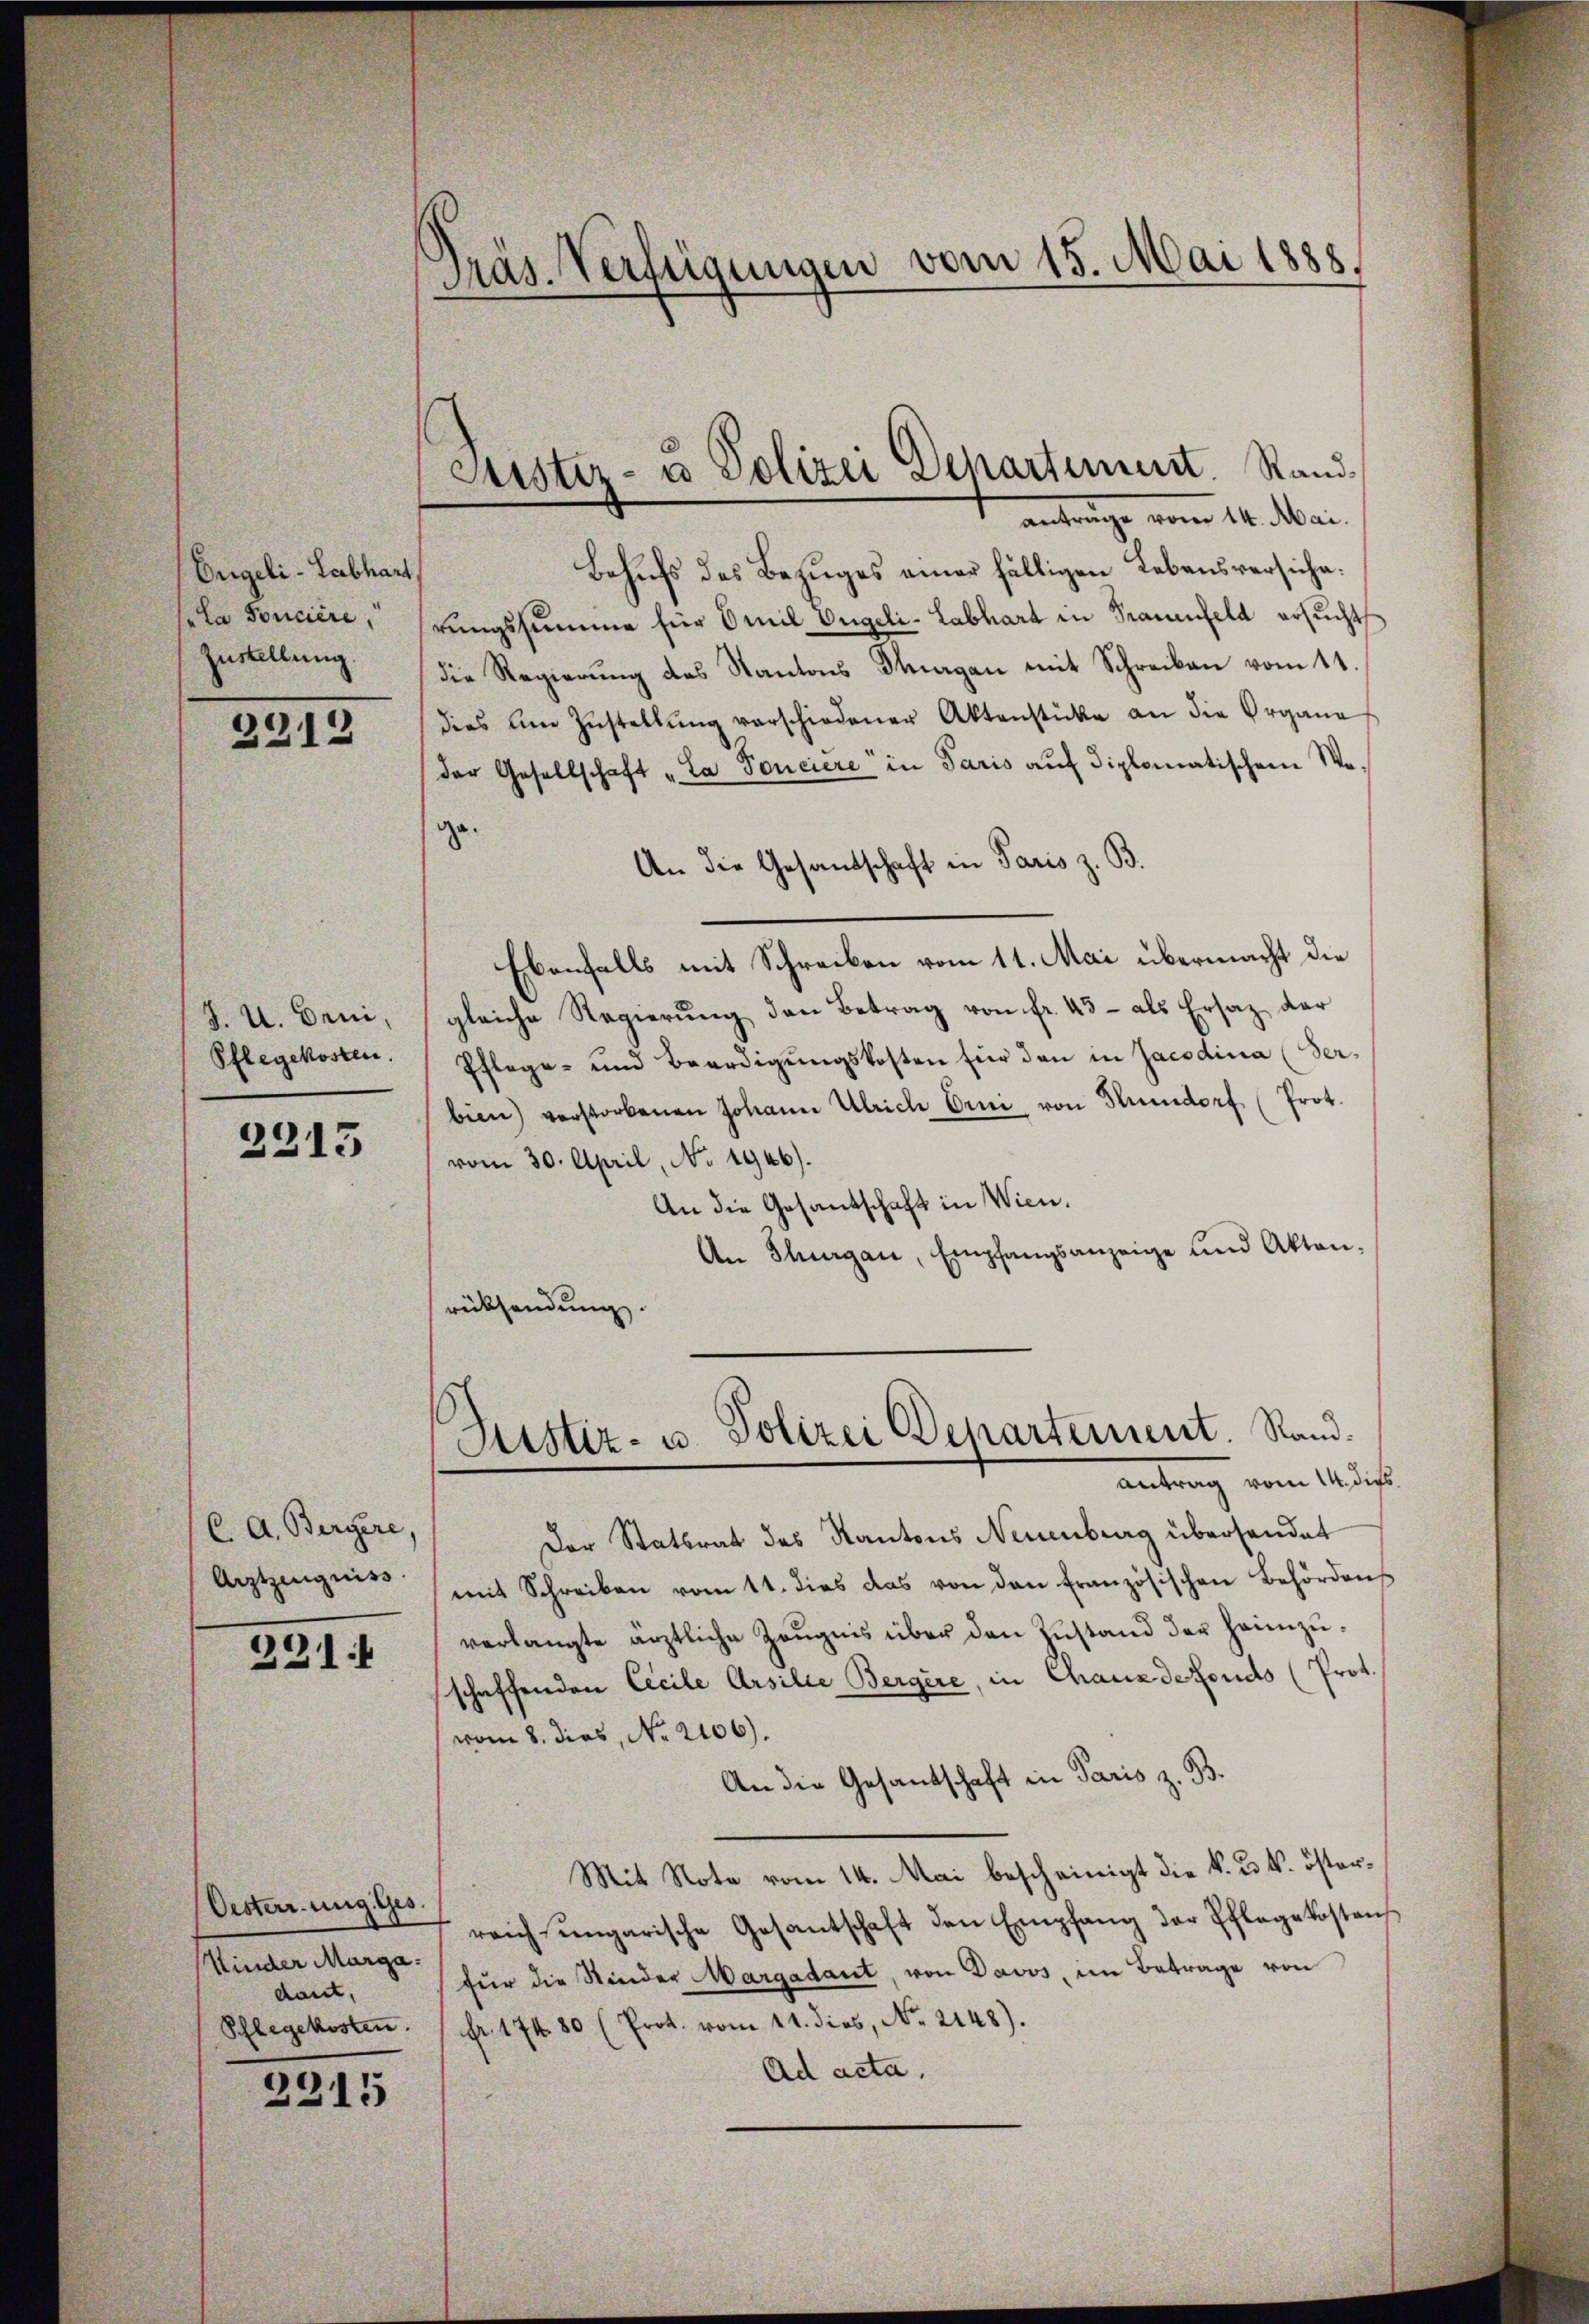
Engeli - Labhart,
la Soncière,
Zustellung.

2212

J. U. Drui,
Pflegekosten.

2213

C. A. Bergere,
Arztzeugniss

221:

Oesterrung Ges.
Kinder Marga
dant,
Pflegekosten.

2215

Präs. Verfügungen vom 15. Mai 1888,

Behufs des Bezuges einer fälligen Lebensversiche.
rungssumme für Omil Ongeli-Labhart in Trauenfeld ersucht
die Regierung des Kantons Stuagan mit Schreiben vom 11.
dies am Zustellŭng verschiedener Aktenstücke an die Organe
der Gesellschaft „La Ponciere in Paris aŭf diplomatischem We-
ge.
An die Gesandschaft in Paris z. B.
Ebenfalls mit Schreiben vom 11. Mai übermacht die
gleiche Regierŭng den Betrag von fr. 43- als Ersatz der
Pflege- und Beerdigungskosten für den in Jacodina (Serbien) verstorbenen Johann Ulrich Erni von Hundorf (Prot.
vom 30. April, No. 1946).
An die Gesandschaft in Wien.
An Thurgau, Empfangsanzeige und Akten,
rücksendung.

Justiz- u Polizei Departement. Stand
antrage vom 14. Mai.

Ristiz- u. Polizei Departement. Randantrag vom 14. ds.

Der Statsrat des Kantons Neuenburg überhandet
mit Schreiben vom 11. dies das von den Französischen Behörden
verlangte ärztliche Zeugnis über den Zustand der Heinzuschaffenden Cecile Arsilie Bergère, in Chauxdefonds (Prot.
vom 8. dies, No. 2106).
An die Gesandschaft in Paris z. B.
Mit Note vom 14. Mai bescheinigt die k. u. k. österreich ungarische Gesantschaft den Empfang der Pflegekostenz
für die Stieder Margadaut, von Davos, im Betrage von
Fr. 174. 80 (Prot. vom 11. dies, No. 2148).
Ad acta.